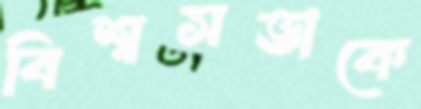
বিশ্বসভাকে